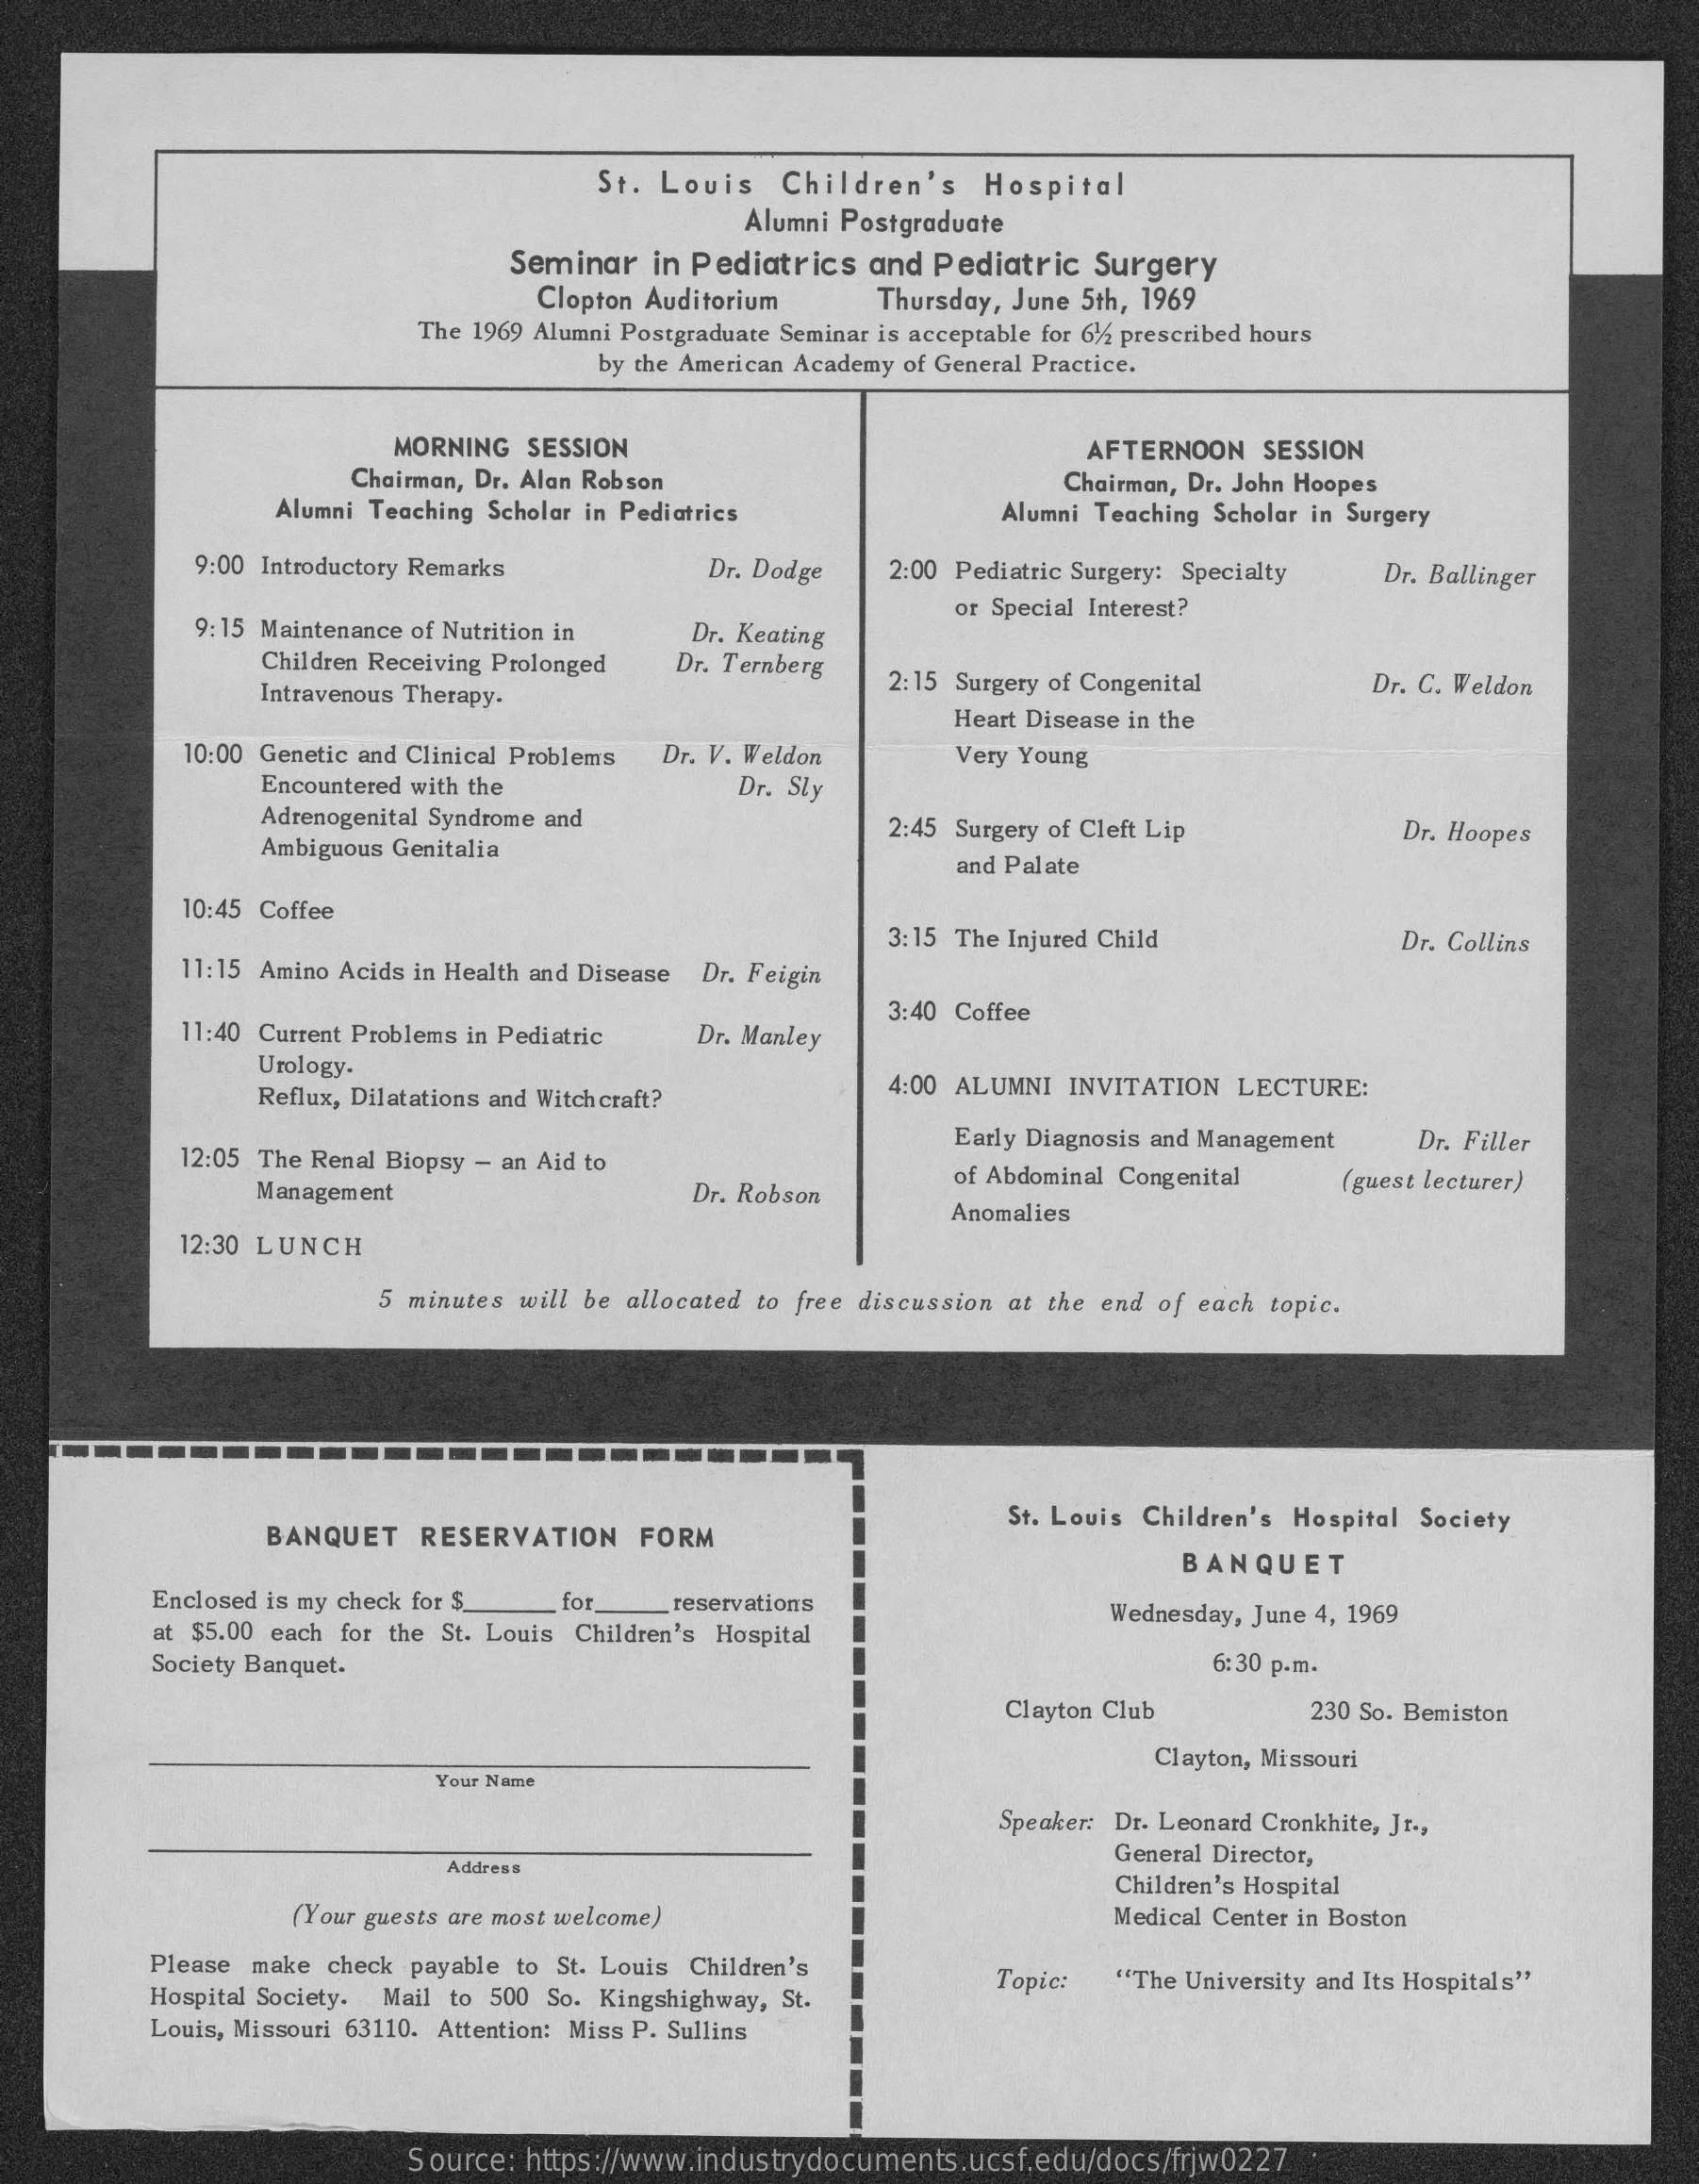
St. Louis Children's Hospital
     Alumni Postgraduate
     Seminar in Pediatrics and Pediatric Surgery
     Clopton Auditorium Thursday, June 5th, 1969
     The 1969 Alumni Postgraduate Seminar is acceptable for 6% prescribed hours
     by the American Academy of General Practice.
     MORNING SESSION    AFTERNOON SESSION
     Chairman, Dr. Alan Robson    Chairman, Dr. John Hoopes
     Alumni Teaching Scholar in Pediatrics   Alumni Teaching Scholar in Surgery
     9:00 Introductory Remarks   Dr. Dodge 2:00 Pediatric Surgery: Specialty Dr. Ballinger
     9:15 Maintenance of Nutrition in Dr. Keating
     or Special Interest?
     Children Receiving Prolonged Dr. Ternberg
     Intravenous Therapy.
     2:15 Surgery of Congenital Dr. C. Weldon
     Heart Disease in the
     10:00 Genetic and Clinical Problems Dr. V. Weldon Very Young
     Encountered with the    Dr. Sly
     Adrenogenital Syndrome and
     Ambiguous Genitalia
     2:45 Surgery of Cleft Lip   Dr. Hoopes
     and Palate
     10:45 Coffee
     3:15 The Injured Child    Dr. Collins
     11:15 Amino Acids in Health and Disease Dr. Feigin
     11:40 Current Problems in Pediatric Dr. Manley
     3:40 Coffee
     Urology-
     Reflux, Dilatations and Witch craft? 4:00 ALUMNI INVITATION LECTURE:
     12:05 The Renal Biopsy - an Aid to
     Early Diagnosis and Management Dr. Filler
     Management    Dr. Robson
     of Abdominal Congenital (guest lecturer)
     Anomalies
     12:30 LUNCH
     5 minutes will be allocated to free discussion at the end of each topic.
     BANQUET RESERVATION FORM
     St. Louis Children's Hospital Society
     BANQUET
     Enclosed is my check for $_ for reservations    Wednesday, June 4, 1969
     at $5.00 each for the St. Louis Children's Hospital
     Society Banquet.    6:30 p.m.
     Clayton Club    230 So. Bemiston
     Clayton, Missouri
     Your Name
     Speaker: Dr. Leonard Cronkhite, Jr .,
     General Director,
     Address
     Children's Hospital
     (Your guests are most welcome)    Medical Center in Boston
     Please make check payable to St. Louis Children's
     Hospital Society. Mail to 500 So. Kingshighway, St.
     Topic: "The University and Its Hospitals"
     Louis, Missouri 63110. Attention: Miss P. Sullins
     Source: https://www.industrydocuments.ucsf.edu/docs/frjw0227